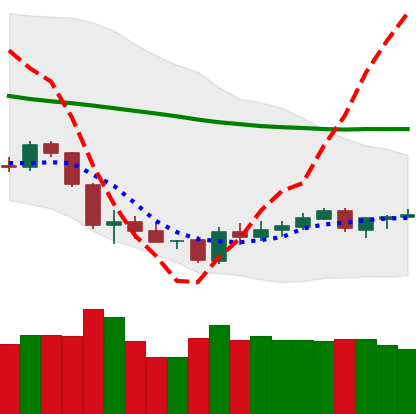
Ticker: BTC-USD
Chart end date: 2018-06-07
Forward return: -14.273%
Label: down_7plus